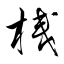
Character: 栈